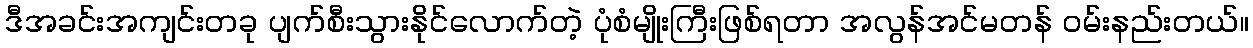
ဒီအခင်းအကျင်းတခု ပျက်စီးသွားနိုင်လောက်တဲ့ ပုံစံမျိုးကြီးဖြစ်ရတာ အလွန်အင်မတန် ဝမ်းနည်းတယ်။